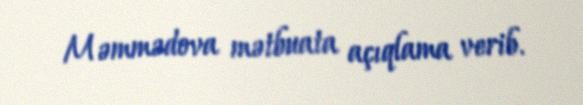
Məmmədova mətbuata açıqlama verib.